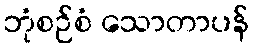
ဘုံစဉ်စံ သောတာပန်